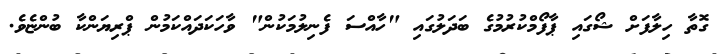
ގޮތާ ހިލާފަށް ޝޯގައި ޕާފޯމްކުރުމުގެ ބަދަލުގައި "ހާއްސަ ފެނިލުމަކުން" ވާހަކަދައްކަމުން ޕްރިޔަންކާ ބުންޏެވެ.